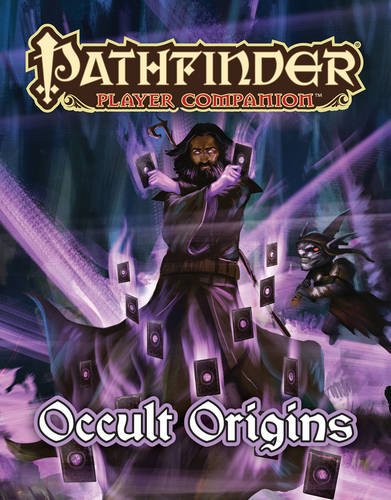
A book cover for Pathfinder Player Companion: Occult Origins; Paizo Staff; Science Fiction & Fantasy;